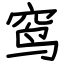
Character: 窎